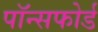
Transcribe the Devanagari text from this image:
पॉन्सफोर्ड